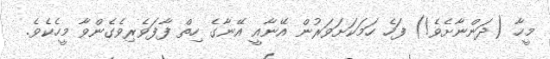
މީހާ (ދަންނާށެވެ!) ފަހެ ހަމަކަށަވަރުން އޭނާއީ އޭނާގެ ހިތް ފާފަވެރިވެގެންވާ މީހެކެވެ.